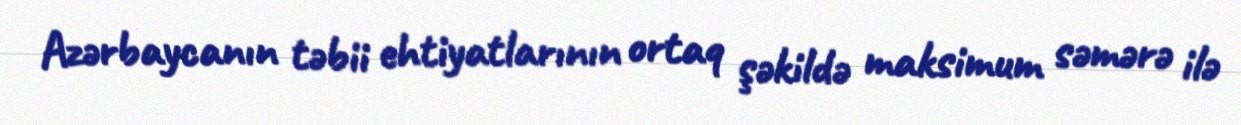
Azərbaycanın təbii ehtiyatlarının ortaq şəkildə maksimum səmərə ilə